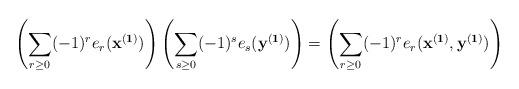
LaTeX: \begin{align*}\left(\sum_{r \geq 0} (-1)^r e_r(\mathbf{x}^{(\mathbf{1})}) \right)\left(\sum_{s \geq 0} (-1)^s e_s(\mathbf{y}^{(\mathbf{1})}) \right)=\left(\sum_{r \geq 0} (-1)^r e_r(\mathbf{x}^{(\mathbf{1})},\mathbf{y}^{(\mathbf{1})}) \right)\end{align*}